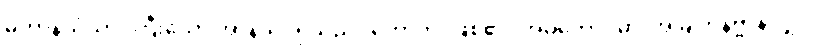
မဟာနိသံသာ၊ ကြီးသော အာနိသင်ရှိသည်။ ဟောတိ၊ ဖြစ်၏။ အမတောဂဓာ၊ အမြိုက်နိဗ္ဗာန်လျှင်